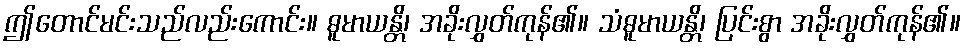
ဤတောင်မင်းသည်လည်းကောင်း။ ဓူမာယန္တိ၊ အခိုးလွှတ်ကုန်၏။ သံဓူမာယန္တိ၊ ပြင်းစွာ အခိုးလွှတ်ကုန်၏။